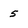
Character: 5